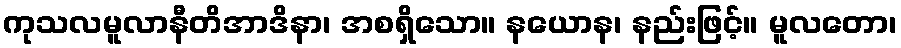
ကုသလမူလာနီတိအာဒိနာ၊ အစရှိသော။ နယောန၊ နည်းဖြင့်။ မူလတော၊